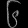
Digit: ၆